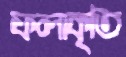
ফলাকৃতি